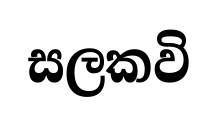
සලකවි